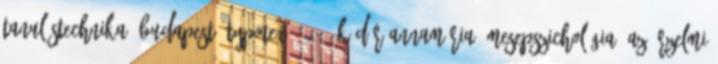
Tanulástechnika. Budapest, Typotex, 2011. Kádár Annamária: Mesepszichológia. Az érzelmi